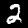
Label: 2